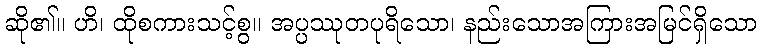
ဆို၏။ ဟိ၊ ထိုစကားသင့်စွ။ အပ္ပဿုတပုရိသော၊ နည်းသောအကြားအမြင်ရှိသော